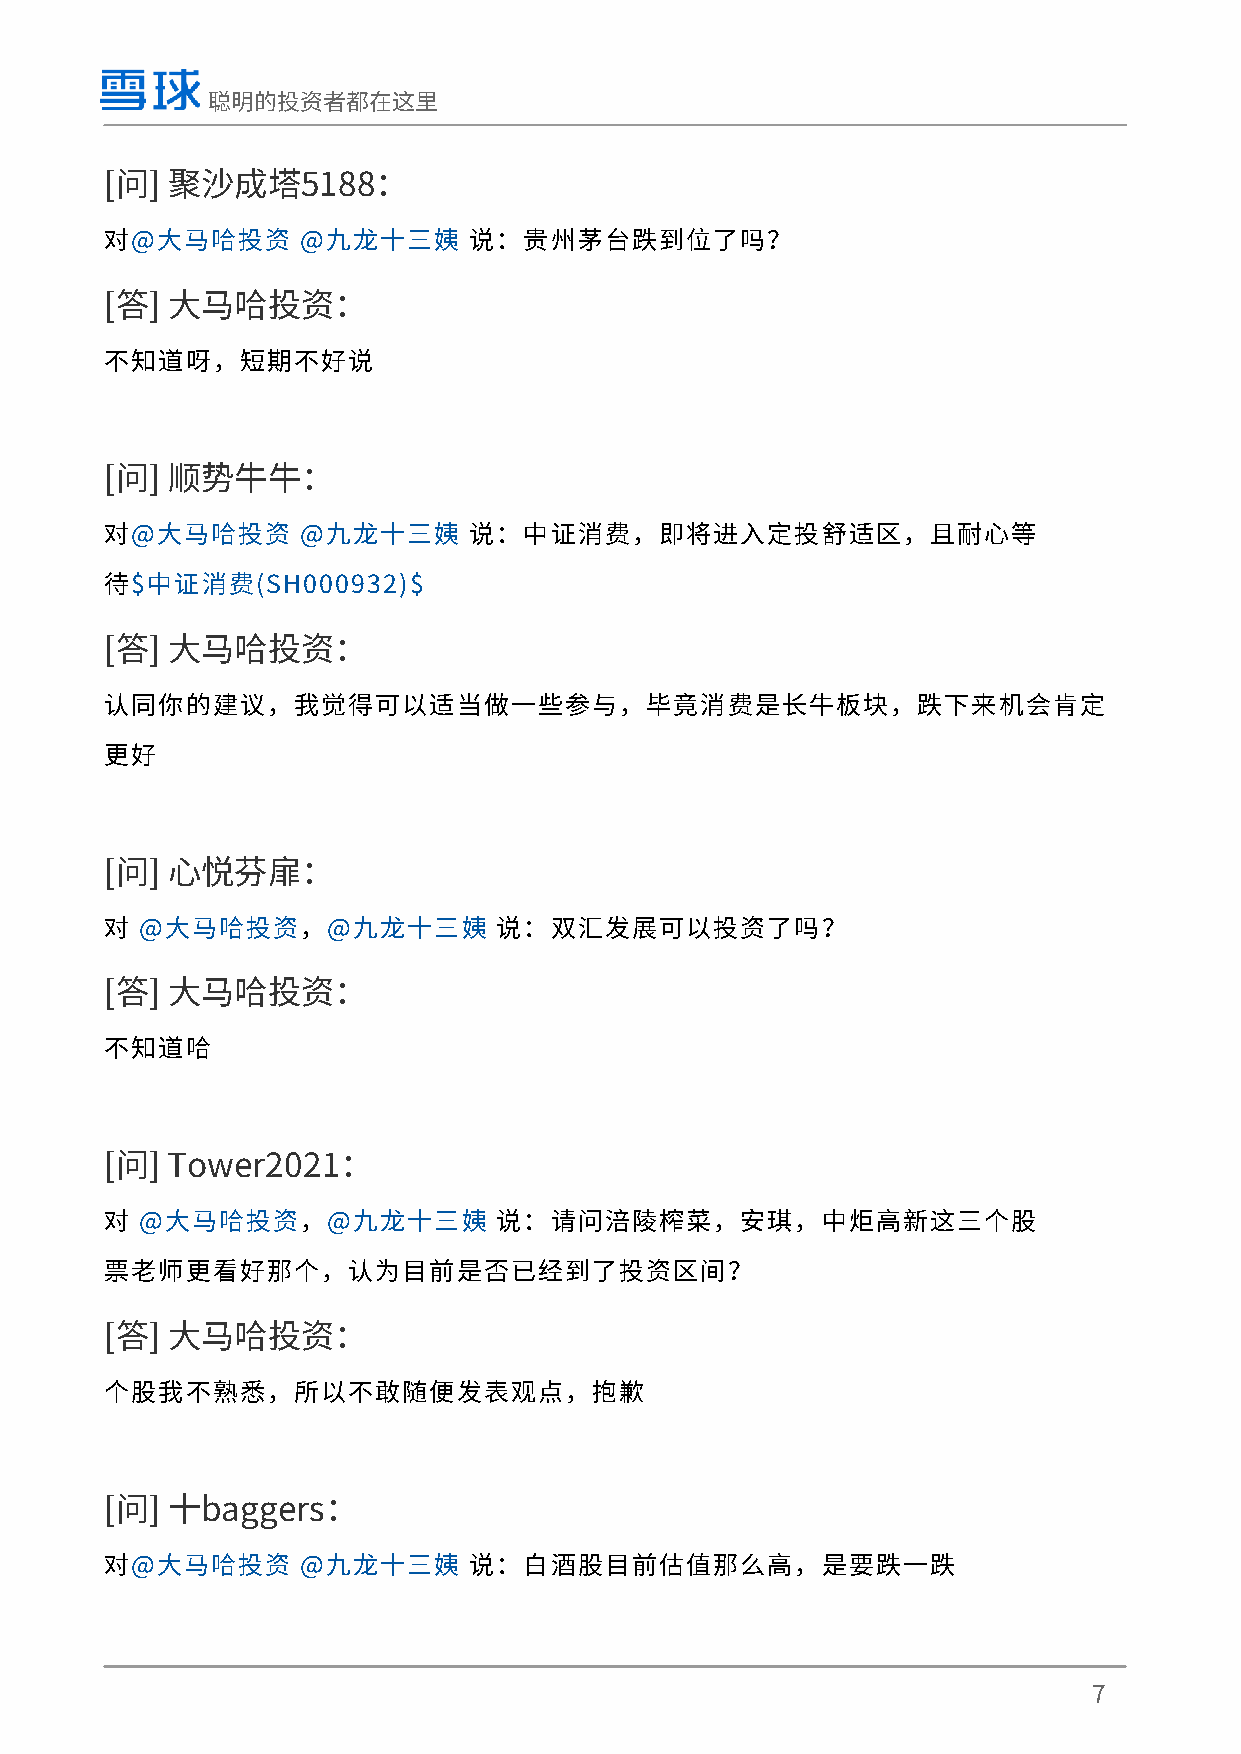
聪明的投资者都在这里
 [问] 聚沙成塔5188：
 对@大马哈投资      @九龙十三姨     说：贵州茅台跌到位了吗？
 [答] 大马哈投资：
 不知道呀，短期不好说
 [问] 顺势牛牛：
 对@大马哈投资      @九龙十三姨     说：中证消费，即将进入定投舒适区，且耐心等
 待$中证消费(SH000932)$
 [答] 大马哈投资：
 认同你的建议，我觉得可以适当做一些参与，毕竟消费是长牛板块，跌下来机会肯定
 更好
 [问] 心悦芬扉：
 对 @大马哈投资，@九龙十三姨           说：双汇发展可以投资了吗？
 [答] 大马哈投资：
 不知道哈
 [问] Tower2021：
 对 @大马哈投资，@九龙十三姨           说：请问涪陵榨菜，安琪，中炬高新这三个股
 票老师更看好那个，认为目前是否已经到了投资区间？
 [答] 大马哈投资：
 个股我不熟悉，所以不敢随便发表观点，抱歉
 [问] 十baggers：
 对@大马哈投资      @九龙十三姨     说：白酒股目前估值那么高，是要跌一跌
 7